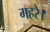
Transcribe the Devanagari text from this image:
गहरे।